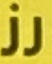
رز